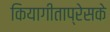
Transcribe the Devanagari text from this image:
कियागीताप्रेसके